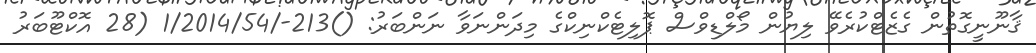
ޤާނޫނީގޮތުން ގެޒެޓްކުރެވޭ ލިޔުން މޯލްޑިވްސް ޕޮލިޓެކްނިކްގެ މިދަންނަވާ ނަންބަރު: ()213-/1/2014/54 (28 އޮކްޓޫބަރު